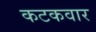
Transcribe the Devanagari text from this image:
कटकवार